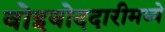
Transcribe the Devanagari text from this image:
वोइवोददारीमध्ये